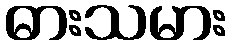
ဓားသမား